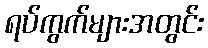
ရပ်ကွက်များအတွင်း